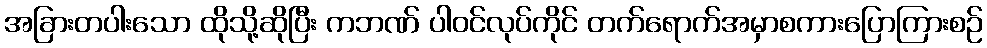
အခြားတပါးသော ထိုသို့ဆိုပြီး ကဘဏ် ပါဝင်လုပ်ကိုင် တက်ရောက်အမှာစကားပြောကြားစဉ်